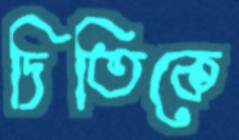
দিতিকে